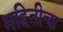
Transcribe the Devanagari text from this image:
महितीचा